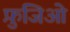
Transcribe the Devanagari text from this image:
फ़ुजिओ